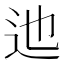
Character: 迆